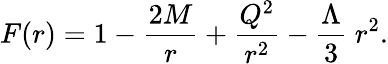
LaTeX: F(r)=1-{\frac{2M}{r}}+{\frac{Q^{2}}{r^{2}}}-{\frac{\Lambda}{3}}\; r^{2}.